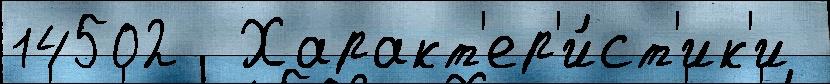
14502  Характ'ер'и́ст'ик'и